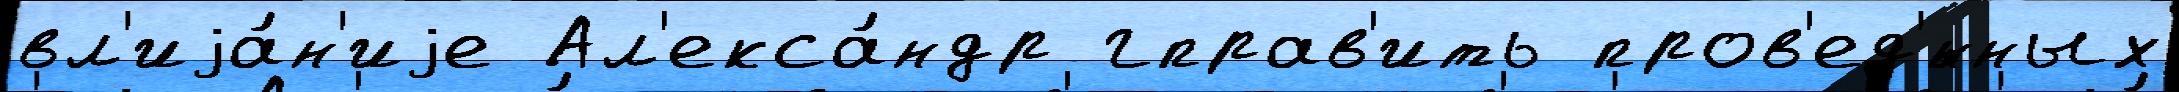
вл'иjа́н'иjе Ал'екса́ндр гправ'ить пров'ед'́нных